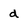
Character: d